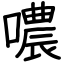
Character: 噥